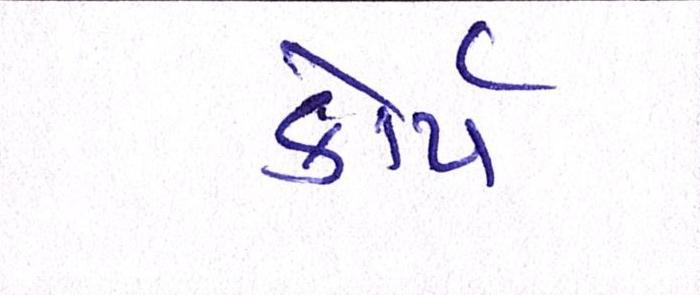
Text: કોર્પ